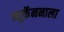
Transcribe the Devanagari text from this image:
ब्यूकॅननाला